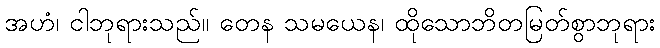
အဟံ၊ ငါဘုရားသည်။ တေန သမယေန၊ ထိုသောဘိတမြတ်စွာဘုရား